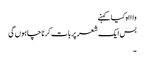
واااہ کیا کہنے
بس ایک شعر پر بات کرنا چاہوں گی
۔